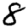
Digit: 8